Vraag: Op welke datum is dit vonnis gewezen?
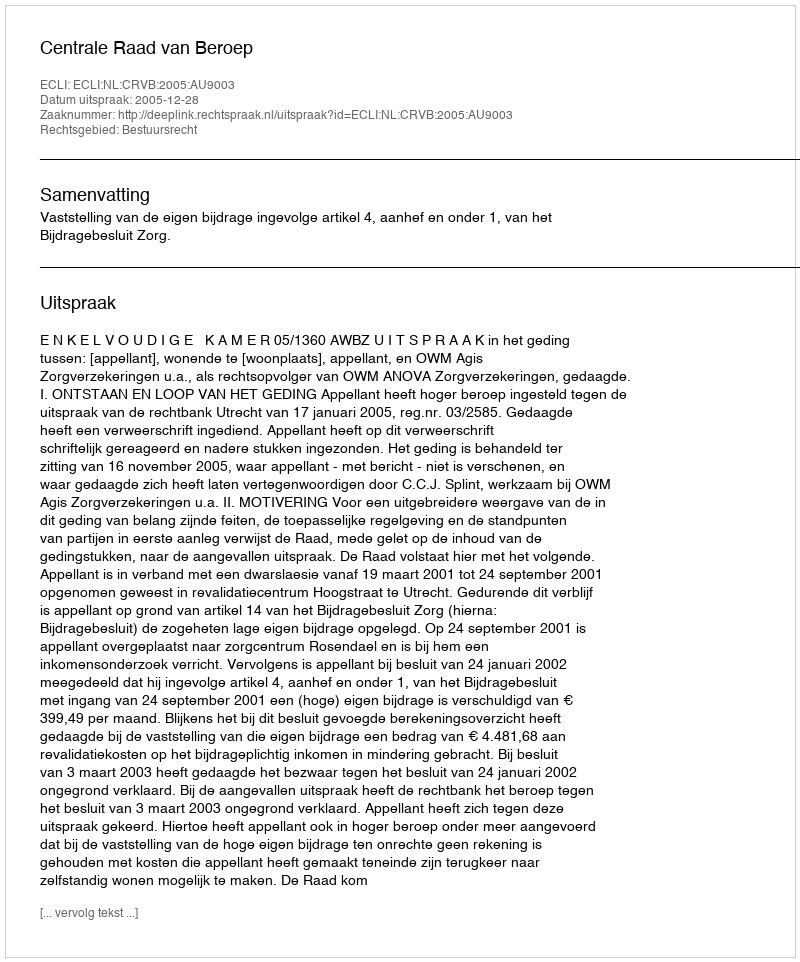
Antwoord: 2005-12-28